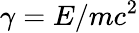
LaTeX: \gamma=E/mc^{2}